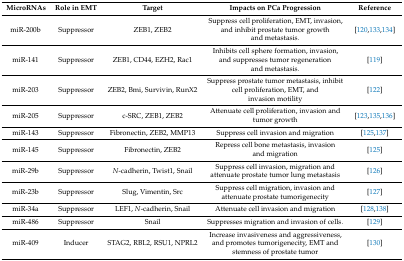
| MicroRNAs | Role in EMT | Target | Impacts on PCa Progression | Reference |
 | --- | --- | --- | --- | --- |
 | miR-200b | Suppressor | ZEB1, ZEB2 | Suppress cell proliferation, EMT, invasion, and inhibit prostate tumor growth and metastasis. | [120,133,134] |
 | miR-141 | Suppressor | ZEB1, CD44, EZH2, Rac1 | Inhibits cell sphere formation, invasion, and suppresses tumor regeneration and metastasis. | [119] |
 | miR-203 | Suppressor | ZEB2, Bmi, Survivin, RunX2 | Suppress prostate tumor metastasis, inhibit cell proliferation, EMT, and invasion motility | [122] |
 | miR-205 | Suppressor | c-SRC, ZEB1, ZEB2 | Attenuate cell proliferation, invasion and tumor growth | [123,135,136] |
 | miR-143 | Suppressor | Fibronectin, ZEB2, MMP13 | Suppress cell invasion and migration | [125,137] |
 | miR-145 | Suppressor | Fibronectin, ZEB2 | Repress cell bone metastasis, invasion and migration | [125] |
 | miR-29b | Suppressor | N-cadherin, Twist1, Snail | Suppress cell invasion, migration and attenuate prostate tumor lung metastasis | [126] |
 | miR-23b | Suppressor | Slug, Vimentin, Src | Suppress cell migration, invasion and attenuate prostate tumorigenecity | [127] |
 | miR-34a | Suppressor | LEF1, N-cadherin, Snail | Attenuate cell invasion and migration | [128,138] |
 | miR-486 | Suppressor | Snail | Suppresses migration and invasion of cells. | [129] |
 | miR-409 | Inducer | STAG2, RBL2, RSU1, NPRL2 | Increase invasiveness and aggressiveness, and promotes tumorigenecity, EMT and stemness of prostate tumor | [130] |